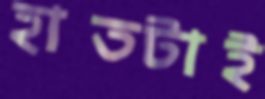
হাতটাই